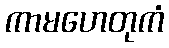
ကာမဟေတုကံ